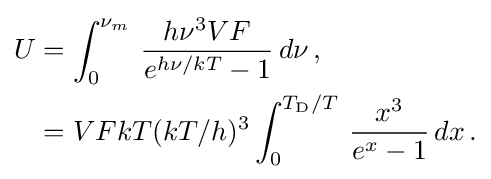
{\begin{aligned}U&=\int _{0}^{\nu _{m}}\,{h\nu ^{3}VF \over e^{h\nu /kT}-1}\,d\nu \,,\\&=VFkT(kT/h)^{3}\int _{0}^{T_{\rm {D}}/T}\,{x^{3} \over e^{x}-1}\,dx\,.\end{aligned}}